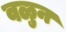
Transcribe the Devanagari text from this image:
वळुन